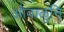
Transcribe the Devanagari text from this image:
ओवाळुनि